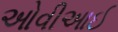
ઓવીઆઈ